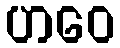
ဟဝေ